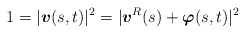
\begin{align*}1=\lvert\mbox{\mathversion{bold}$v$}(s,t)\rvert^{2}=\lvert \mbox{\mathversion{bold}$v$}^{R}(s)+\mbox{\mathversion{bold}$\varphi$}(s,t)\rvert ^{2}\end{align*}